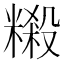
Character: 䊛